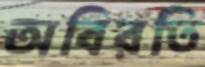
অবিরতি